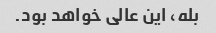
بله، این عالی خواهد بود.